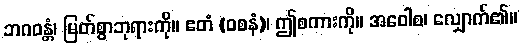
ဘဂဝန္တံ၊ မြတ်စွာဘုရားကို။ ဧတံ (ဝစနံ)၊ ဤစကားကို။ အဝေါစ၊ လျှောက်၏။